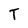
Character: T